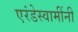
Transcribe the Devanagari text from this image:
एरंडेस्वामींनी